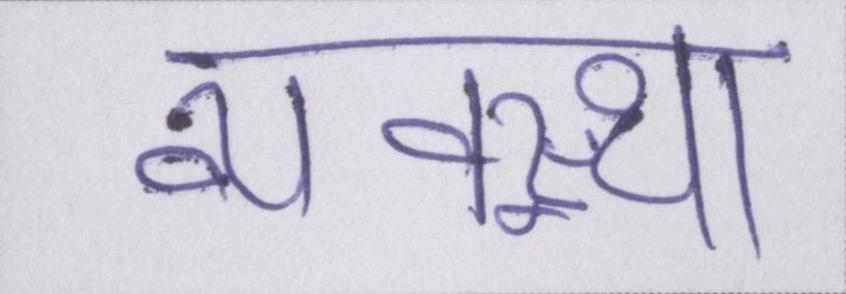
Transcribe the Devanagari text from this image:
व्यवस्था